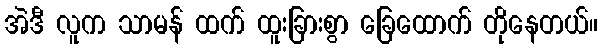
အဲဒီ လူက သာမန် ထက် ထူးခြားစွာ ခြေထောက် တိုနေတယ်။